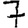
Digit: 7